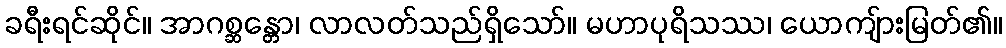
ခရီးရင်ဆိုင်။ အာဂစ္ဆန္တော၊ လာလတ်သည်ရှိသော်။ မဟာပုရိသဿ၊ ယောကျ်ားမြတ်၏။